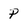
Character: p